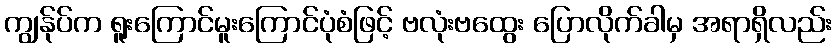
ကျွန်ုပ်က ရူးကြောင်မူးကြောင်ပုံစံဖြင့် ဗလုံးဗထွေး ပြောလိုက်ခါမှ အရာရှိလည်း